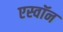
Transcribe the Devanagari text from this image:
एस्वॉन